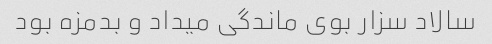
سالاد سزار بوی ماندگی میداد و بدمزه بود